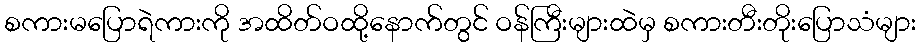
စကားမပြောရဲကားကို အထိတ်ဝထို့နောက်တွင် ဝန်ကြီးများထဲမှ စကားတီးတိုးပြောသံများ